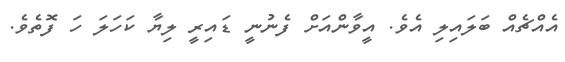
އެއްޗެއް ބަލައިލި އެވެ. އީވާންއަށް ފެނުނީ ޑައިރީ ލިޔާ ކަހަލަ ހަ ފޮތެވެ.